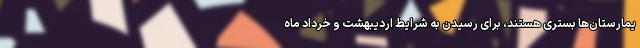
یمارستان‌ها بستری هستند، برای رسیدن به شرایط اردیبهشت و خرداد ماه